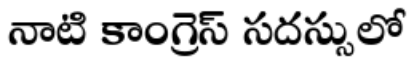
నాటి కాంగ్రెస్ సదస్సులో